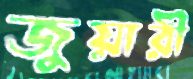
জুয়ারী